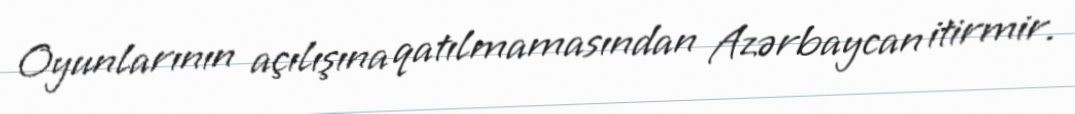
Oyunlarının açılışına qatılmamasından Azərbaycan itirmir.